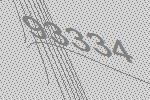
93334